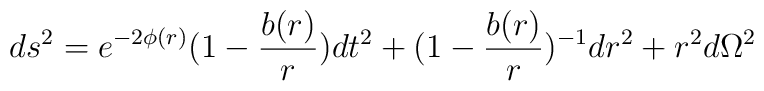
ds^{2} = e^{-2\phi(r)} ( 1 - \frac{b(r)}{r}) dt^{2}          + ( 1 - \frac{b(r)}{r})^{-1} dr^{2} + r^{2}d \Omega^{2}